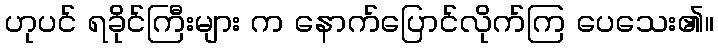
ဟုပင် ရခိုင်ကြီးများ က နောက်ပြောင်လိုက်ကြ ပေသေး၏။